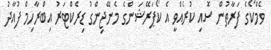
ވެމްކޯގެ ފަރާތުން ސޮއި ކުރެއްވީ އެ ކޯޕަރޭޝަންގެ މެނޭޖިންގު ޑިރެކްޓަރު އިބްރާހިމް ފުއާދު